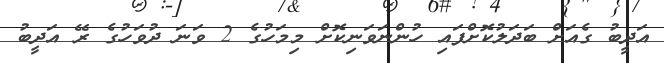
އަދީބު ގެއަށް ބަދަލުކޮށްފައި ހުންނަވަނިކޮށް މިމަހުގެ 2 ވަނަ ދުވަހުގެ ރޭ އަދީބު